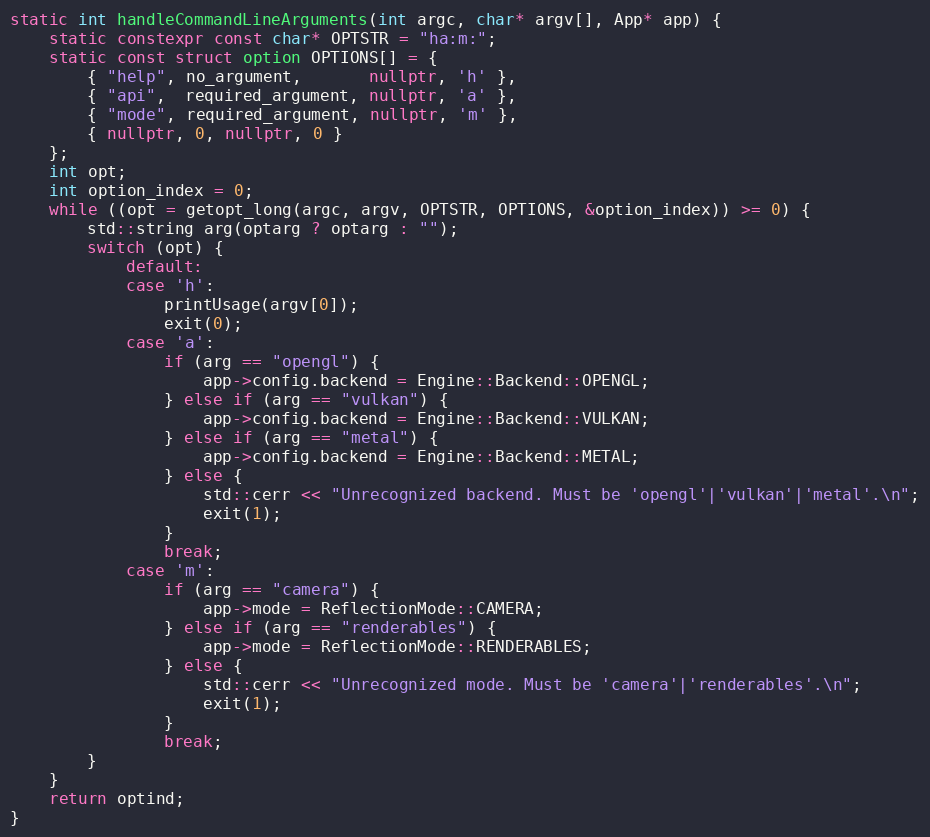
Language: C++
static int handleCommandLineArguments(int argc, char* argv[], App* app) {
    static constexpr const char* OPTSTR = "ha:m:";
    static const struct option OPTIONS[] = {
        { "help", no_argument,       nullptr, 'h' },
        { "api",  required_argument, nullptr, 'a' },
        { "mode", required_argument, nullptr, 'm' },
        { nullptr, 0, nullptr, 0 }
    };
    int opt;
    int option_index = 0;
    while ((opt = getopt_long(argc, argv, OPTSTR, OPTIONS, &option_index)) >= 0) {
        std::string arg(optarg ? optarg : "");
        switch (opt) {
            default:
            case 'h':
                printUsage(argv[0]);
                exit(0);
            case 'a':
                if (arg == "opengl") {
                    app->config.backend = Engine::Backend::OPENGL;
                } else if (arg == "vulkan") {
                    app->config.backend = Engine::Backend::VULKAN;
                } else if (arg == "metal") {
                    app->config.backend = Engine::Backend::METAL;
                } else {
                    std::cerr << "Unrecognized backend. Must be 'opengl'|'vulkan'|'metal'.\n";
                    exit(1);
                }
                break;
            case 'm':
                if (arg == "camera") {
                    app->mode = ReflectionMode::CAMERA;
                } else if (arg == "renderables") {
                    app->mode = ReflectionMode::RENDERABLES;
                } else {
                    std::cerr << "Unrecognized mode. Must be 'camera'|'renderables'.\n";
                    exit(1);
                }
                break;
        }
    }
    return optind;
}